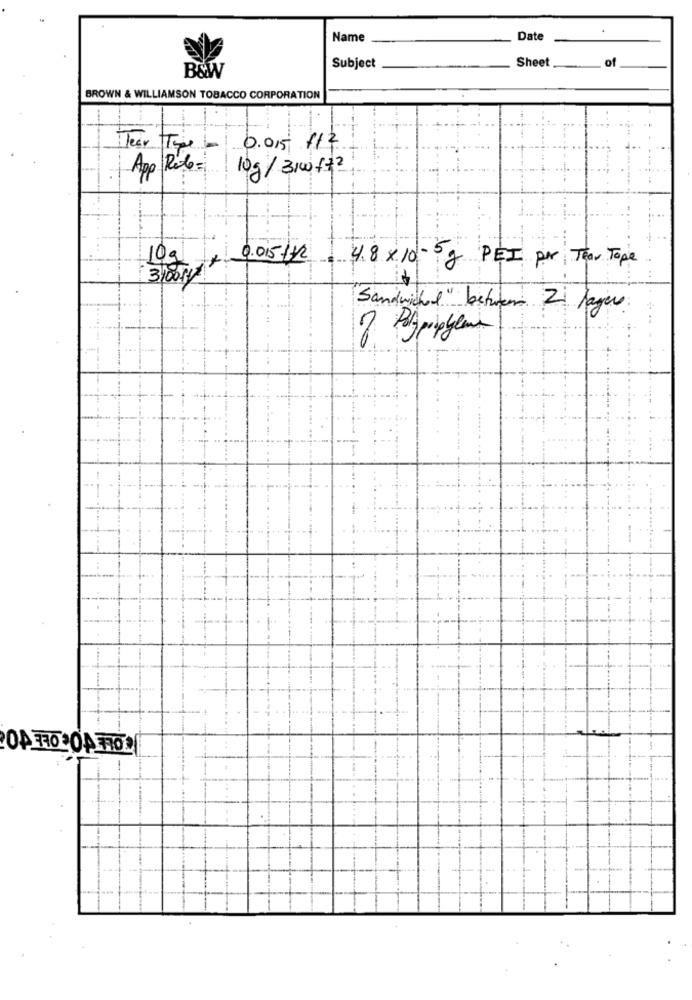
Name
Date
Sheet
of
Subject
B&W
BROWN & WILLIAMSON TOBACCO CORPORATION
Tear The
0.015 1/2
App Role =
10g/ 3100 ft2
10g + 0.015 /2
4.8 x 10 - 5 g PEI por Tear Tope
310011
Sandwiched" betwen 2 lager